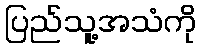
ပြည်သူ့အသံကို